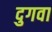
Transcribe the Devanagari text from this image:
दुगवा